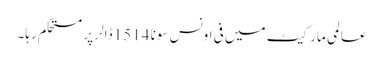
عالمی مارکیٹ میں فی اونس سونا 1514 ڈالر پر مستحکم رہا۔